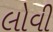
લોવી